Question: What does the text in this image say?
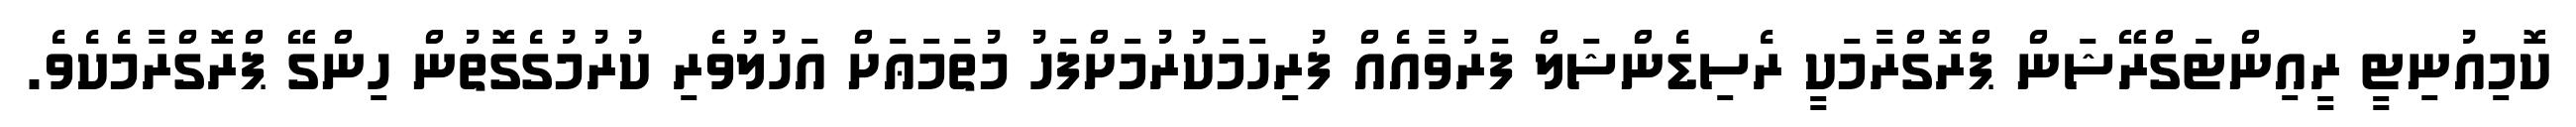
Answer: ކޮމިއުނިޓީ ރީއިންޓަގްރޭޝަން ޕްރޮގްރާމަކީ ރެސިޑެންޝަލް ފަރުވާއެއް ފުރިހަމަކުރުމަށްފަހު މުތަމަޢަށް އަހުލުވެރި ކުރުމުގެގޮތުން ހިންގޭ ޕްރޮގްރާމެކެވެ.